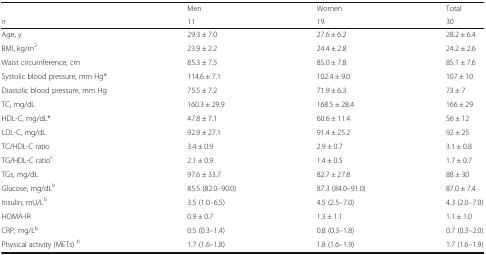
<table><thead><tr><td></td><td><b>Men</b></td><td><b>Women</b></td><td><b>Total</b></td></tr><tr><td><b><i>n</i></b></td><td><b>11</b></td><td><b>19</b></td><td><b>30</b></td></tr></thead><tbody><tr><td>Age, y</td><td>29.3 ± 7.0</td><td>27.6 ± 6.2</td><td>28.2 ± 6.4</td></tr><tr><td>BMI, kg/m<sup>2</sup></td><td>23.9 ± 2.2</td><td>24.4 ± 2.8</td><td>24.2 ± 2.6</td></tr><tr><td>Waist circumference, cm</td><td>85.3 ± 7.5</td><td>85.0 ± 7.8</td><td>85.1 ± 7.6</td></tr><tr><td>Systolic blood pressure, mm Hg*</td><td>114.6 ± 7.1</td><td>102.4 ± 9.0</td><td>107 ± 10</td></tr><tr><td>Diastolic blood pressure, mm Hg</td><td>75.5 ± 7.2</td><td>71.9 ± 6.3</td><td>73 ± 7</td></tr><tr><td>TC, mg/dL</td><td>160.3 ± 29.9</td><td>168.5 ± 28.4</td><td>166 ± 29</td></tr><tr><td>HDL-C, mg/dL*</td><td>47.8 ± 7.1</td><td>60.6 ± 11.4</td><td>56 ± 12</td></tr><tr><td>LDL-C, mg/dL</td><td>92.9 ± 27.1</td><td>91.4 ± 25.2</td><td>92 ± 25</td></tr><tr><td>TC/HDL-C ratio</td><td>3.4 ± 0.9</td><td>2.9 ± 0.7</td><td>3.1 ± 0.8</td></tr><tr><td>TG/HDL-C ratio<sup>c</sup></td><td>2.1 ± 0.9</td><td>1.4 ± 0.5</td><td>1.7 ± 0.7</td></tr><tr><td>TGs, mg/dL</td><td>97.6 ± 33.7</td><td>82.7 ± 27.8</td><td>88 ± 30</td></tr><tr><td>Glucose, mg/dL<sup>b</sup></td><td>85.5 (82.0–90.0)</td><td>87.3 (84.0–91.0)</td><td>87.0 ± 7.4</td></tr><tr><td>Insulin, mU/L<sup>b</sup></td><td>3.5 (1.0–6.5)</td><td>4.5 (2.5–7.0)</td><td>4.3 (2.0–7.0)</td></tr><tr><td>HOMA-IR</td><td>0.9 ± 0.7</td><td>1.3 ± 1.1</td><td>1.1 ± 1.0</td></tr><tr><td>CRP, mg/L<sup>b</sup></td><td>0.5 (0.3–1.4)</td><td>0.8 (0.3–1.8)</td><td>0.7 (0.3–2.0)</td></tr><tr><td>Physical activity (METs) <sup>b</sup></td><td>1.7 (1.6–1.8)</td><td>1.8 (1.6–1.9)</td><td>1.7 (1.6–1.9)</td></tr></tbody></table>